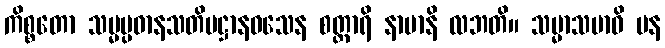
ကိစ္စတော သမ္မပ္ပဓာနသတိပဋ္ဌာနဝသေန စတ္တာရိ နာမာနိ လဘတိ။ သမ္မာသမာဓိ ပန